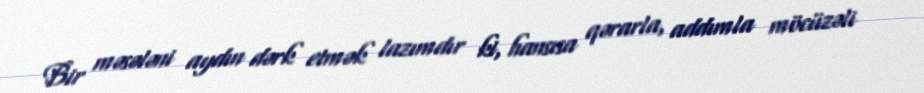
Bir məsələni aydın dərk etmək lazımdır ki, hansısa qərarla, addımla möcüzəli